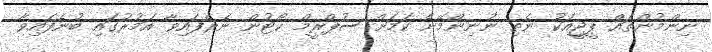
ނިންމުންތައް ޕީޖީއަކު ނެތި ނުނިންމޭނެ ކަމަށް ސުޕްރީމް ކޯޓުން ނެރެފައިވާ އަމުރުގައި ބުނެފައިވާ